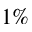
1 \%